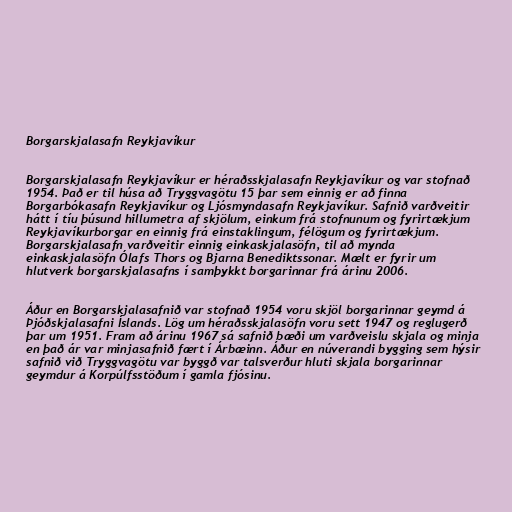
Borgarskjalasafn Reykjavíkur

Borgarskjalasafn Reykjavíkur er héraðsskjalasafn Reykjavíkur og var stofnað
1954. Það er til húsa að Tryggvagötu 15 þar sem einnig er að finna
Borgarbókasafn Reykjavíkur og Ljósmyndasafn Reykjavíkur. Safnið varðveitir
hátt í tíu þúsund hillumetra af skjölum, einkum frá stofnunum og fyrirtækjum
Reykjavíkurborgar en einnig frá einstaklingum, félögum og fyrirtækjum.
Borgarskjalasafn varðveitir einnig einkaskjalasöfn, til að mynda
einkaskjalasöfn Ólafs Thors og Bjarna Benediktssonar. Mælt er fyrir um
hlutverk borgarskjalasafns í samþykkt borgarinnar frá árinu 2006.

Áður en Borgarskjalasafnið var stofnað 1954 voru skjöl borgarinnar geymd á
Þjóðskjalasafni Íslands. Lög um héraðsskjalasöfn voru sett 1947 og reglugerð
þar um 1951. Fram að árinu 1967 sá safnið bæði um varðveislu skjala og minja
en það ár var minjasafnið fært í Árbæinn. Áður en núverandi bygging sem hýsir
safnið við Tryggvagötu var byggð var talsverður hluti skjala borgarinnar
geymdur á Korpúlfsstöðum í gamla fjósinu.